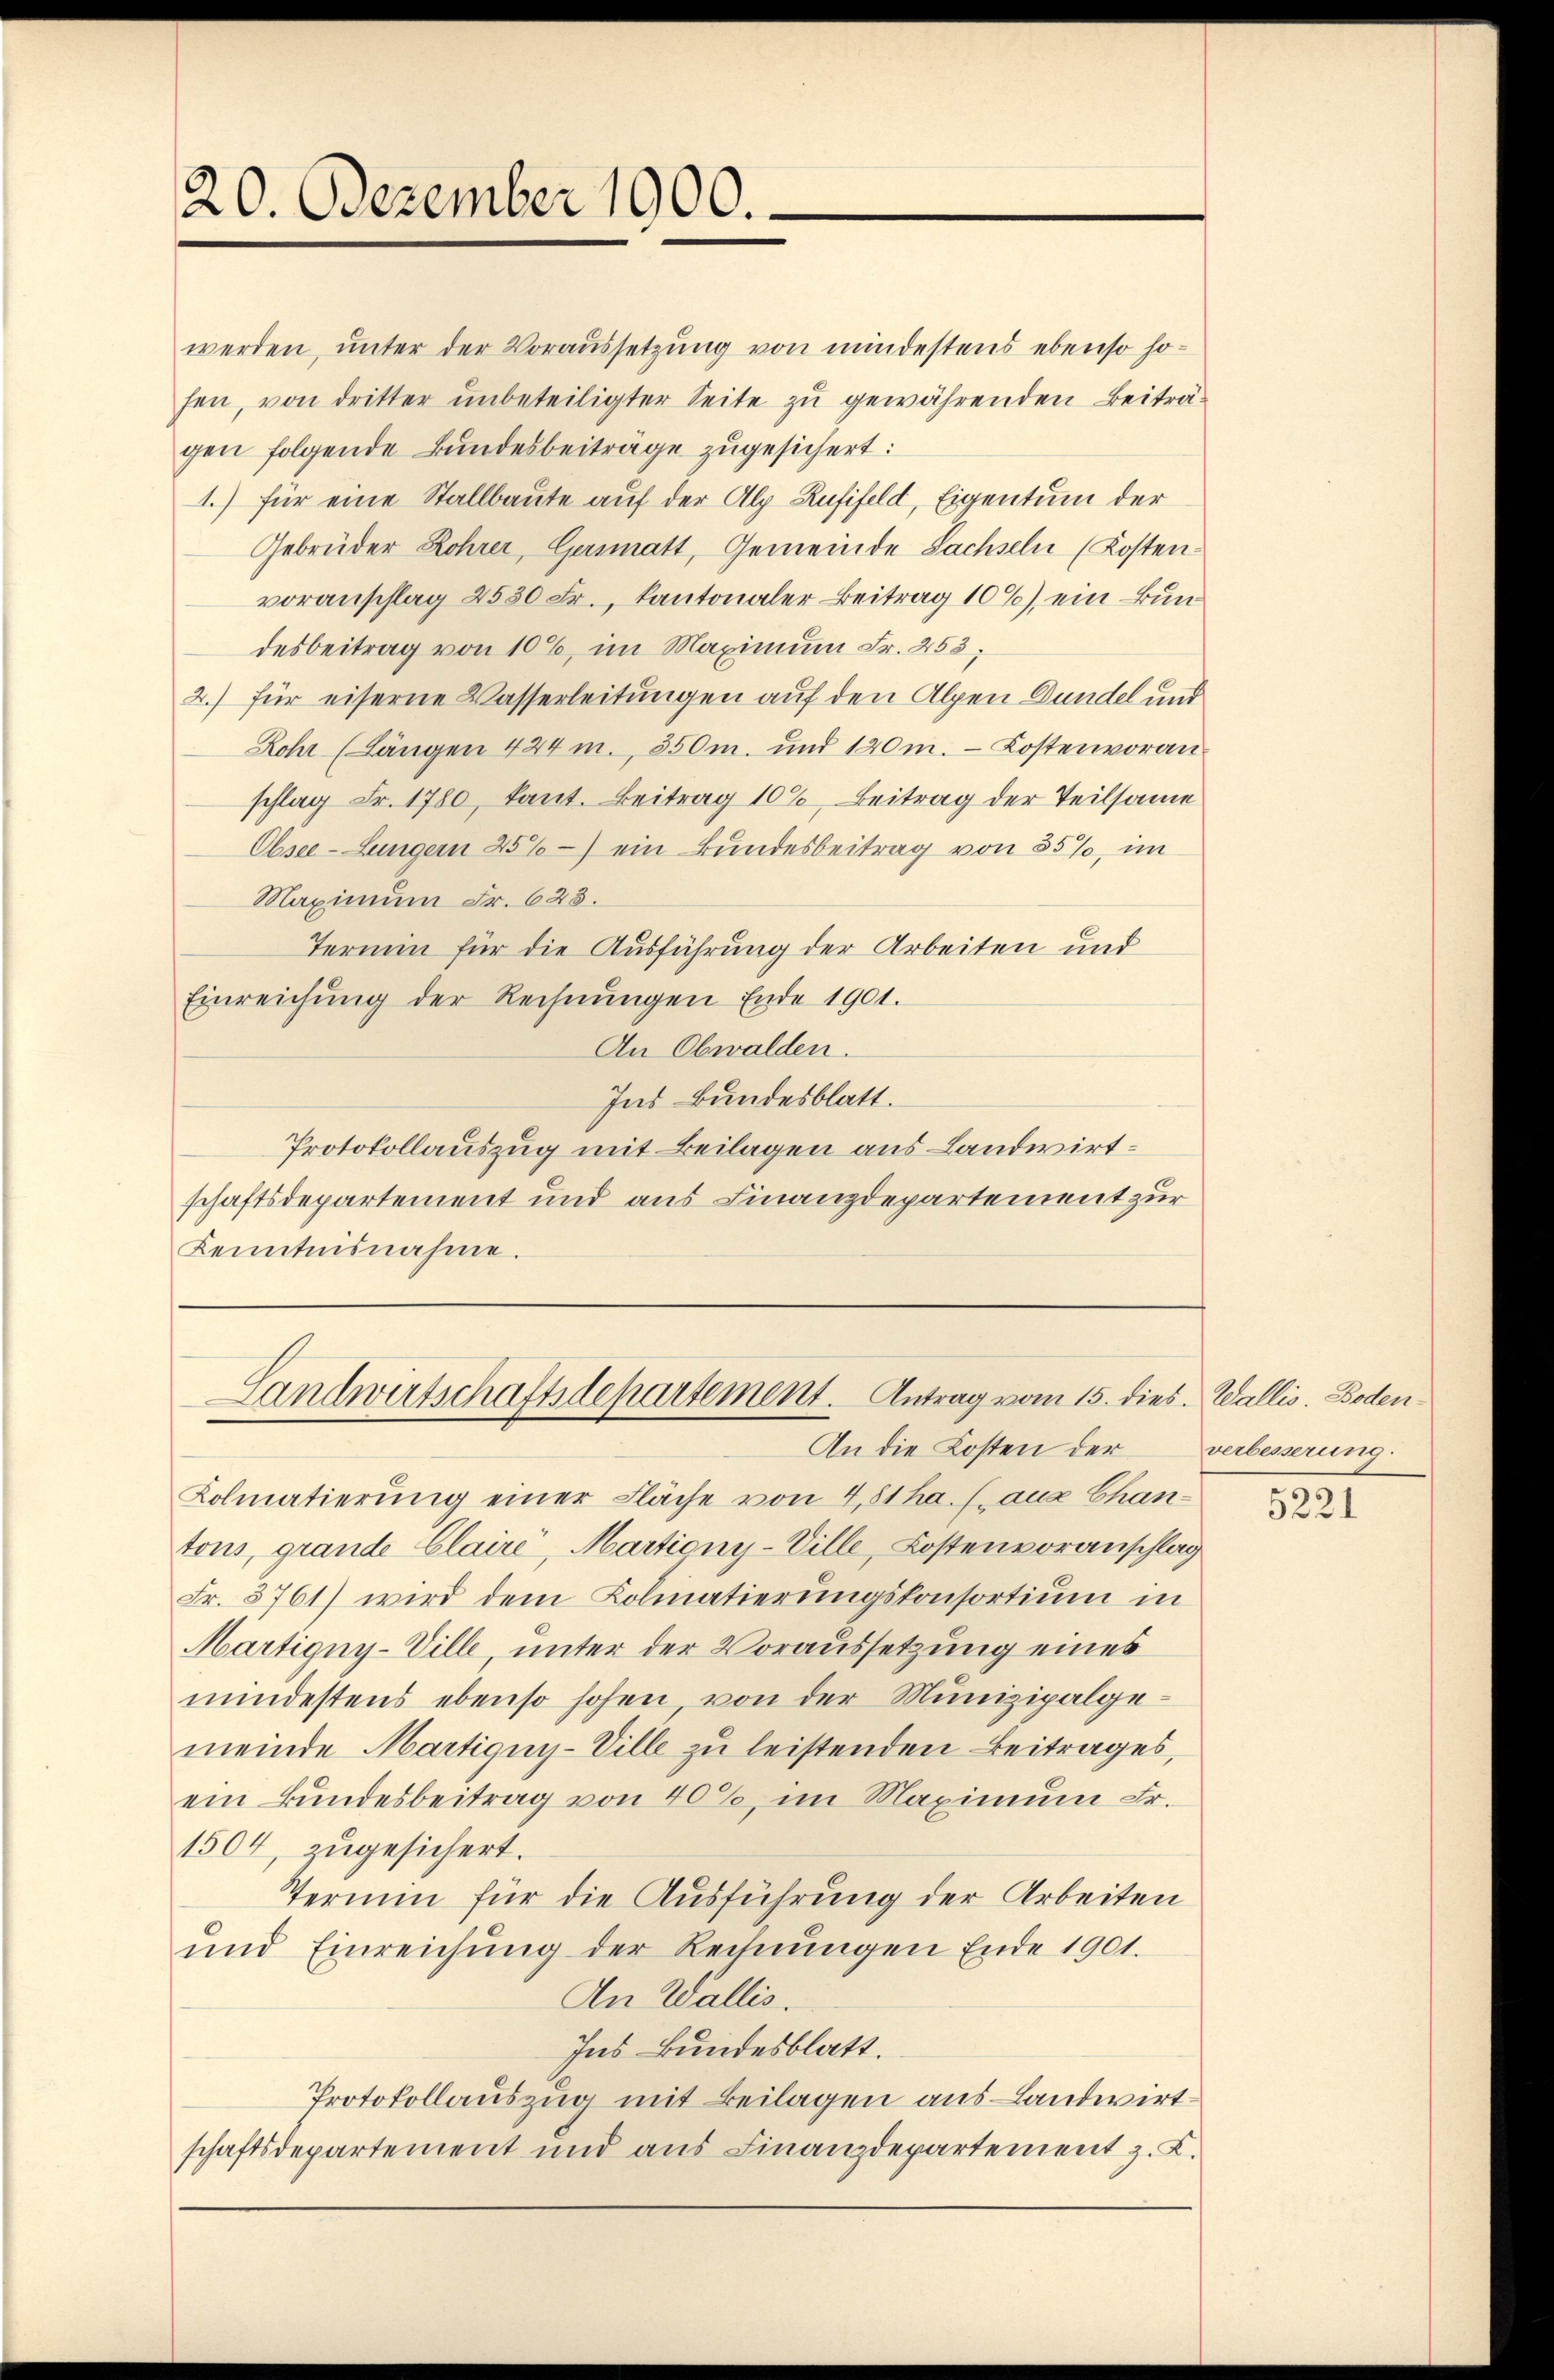
20. Dezember 1900.

werden, unter der Voraussetzung von mindestens ebenso hohen, von dritter ŭnbeteiligter Seite zu gewährenden Beiträ-
gen folgende Bundesbeiträge zugesichert:
1.) für eine Stallbaute auf der Alp Rufifeld, Eigentum der
Gebrüder Rohrer, Genmatt, Gemeinde Sachseln (Kosten-
voranschlag 2530 Fr., Kantonaler Beitrag 10%), ein Bundesbeitrag von 10%, im Maximum Fr. 253;
2.) für eiserne Wasserleitungen auf den Alpen Bundel und
Rohr (Längen 424 m., 350m. und 120m. Kostenvoranschlag Fr. 1780, kant. Beitrag 10%, Beitrag der Teilsame
Ebsee-Lungern 25%) ein Bundesbeitrag von 85%, im
Maximum Fr. 623.
Termin für die Ausführung der Arbeiten und
Einreichŭng der Rechnŭngen Ende 1901.
An Obwalden.
Ins Bundesblatt.
Protokollauszug mit Beilagen aus Landwirtschaftsdepartement und aus Finanzdepartement zur
Kenntnisnahme.

Landwirtschaftsdepartement. Antrag vom 15. dies. Wallis. Boden¬

An die Kosten der verbesserung.
Kolmatierung einer Fläche von 481 ha. l. aus Chan-
tons, grande Claire, Martiony-Ville, Kostenvoranschlag
Fr. 3761) wird dem Kolmatierungskonsortium in
Martigny-Ville unter der Voraussetzung eines
mindestens ebenso hohen von der Munizipalgemeinde Martigny-Ville zu leistenden Beitrages,
ein Bundesbeitrag von 40%, im Maximum Fr.
1504, zugesichert.
Termin für die Ausführung der Arbeiten
ŭnd Einreichŭng der Rechnŭngen Ende 1901.
An Wallis.
Ins Bundesblatt.
Protokollauszug mit Beilagen aus Landwirtschaftsdepartement und aus Finanzdepartement z. L.

5221